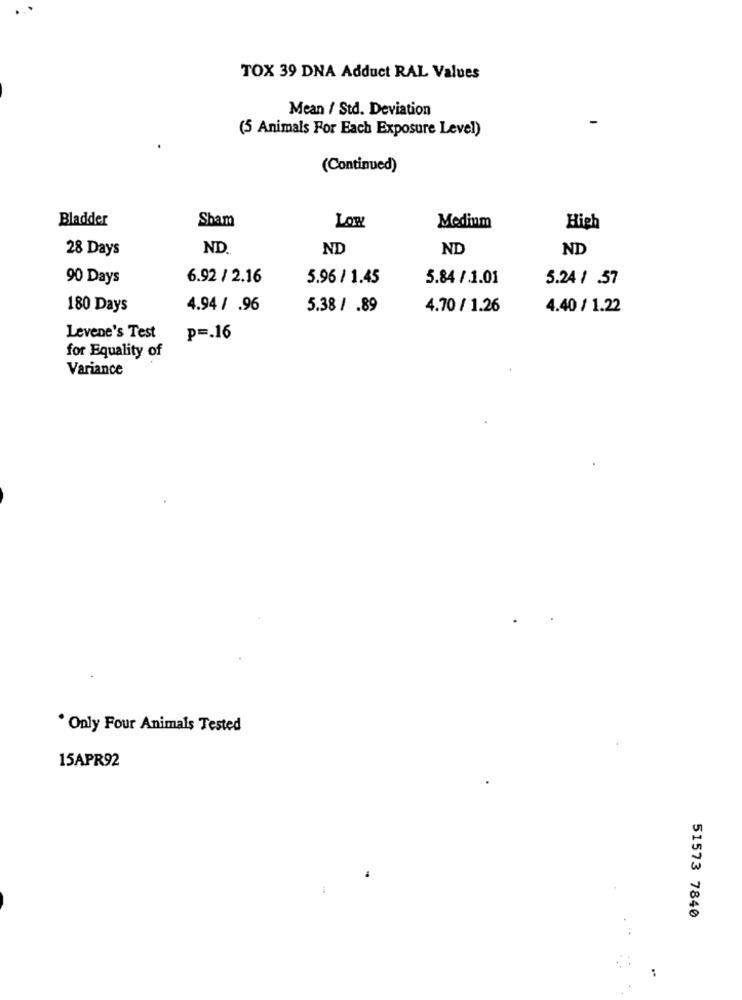
TOX 39 DNA Adduct RAL Values
Mean / Std. Deviation
(5 Animals For Each Exposure Level)
(Continued)
Bladder
Sham
LOW
Medium
High
28 Days
ND.
ND
ND
ND
90 Days
6.92 / 2.16
5.96 / 1.45
5.84 / 1.01
5.24 / .57
180 Days
4.94 / .96
5.38 / .89
4.70 / 1.26
4.40 / 1.22
Levene's Test
p =. 16
for Equality of
Variance
* Only Four Animals Tested
15APR92
51573 7840
: